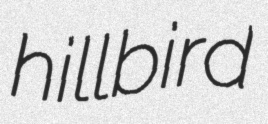
hillbird